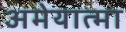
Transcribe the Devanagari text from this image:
अमेयात्मा